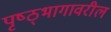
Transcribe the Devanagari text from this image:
पृष्ठ्भागावरील